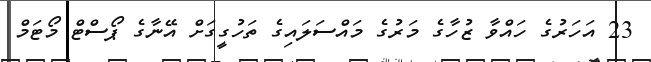
23 އަހަރުގެ ހައްވާ ޒުހާގެ މަރުގެ މައްސަލައިގެ ތަހުގީގަށް އޭނާގެ ޕޯސްޓް މޯޓަމް